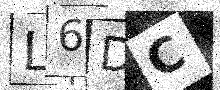
Text: L6DC